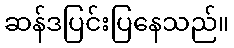
ဆန်ဒပြင်းပြနေသည်။